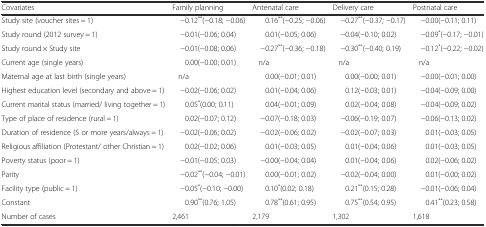
<table><thead><tr><td><b>Covariates</b></td><td><b>Family planning</b></td><td><b>Antenatal care</b></td><td><b>Delivery care</b></td><td><b>Postnatal care</b></td></tr></thead><tbody><tr><td>Study site (voucher sites = 1)</td><td>−0.12<sup>**</sup>(−0.18; −0.06)</td><td>0.16<sup>**</sup>(−0.25; −0.06)</td><td>−0.27<sup>**</sup>(−0.37; −0.17)</td><td>−0.00(−0.11; 0.11)</td></tr><tr><td>Study round (2012 survey = 1)</td><td>−0.01(−0.06; 0.04)</td><td>0.01(−0.05; 0.06)</td><td>−0.04(−0.10; 0.02)</td><td>−0.09<sup>*</sup>(−0.17; −0.01)</td></tr><tr><td>Study round × Study site</td><td>−0.01(−0.08; 0.06)</td><td>−0.27<sup>**</sup>(−0.36; −0.18)</td><td>−0.30<sup>**</sup>(−0.40; 0.19)</td><td>−0.12<sup>*</sup>(−0.22; −0.02)</td></tr><tr><td>Current age (single years)</td><td>0.00(−0.00; 0.01)</td><td>n/a</td><td>n/a</td><td>n/a</td></tr><tr><td>Maternal age at last birth (single years)</td><td>n/a</td><td>0.00(−0.01; 0.01)</td><td>0.00(−0.00; 0.01)</td><td>−0.00(−0.01; 0.00)</td></tr><tr><td>Highest education level (secondary and above = 1)</td><td>−0.02(−0.06; 0.02)</td><td>0.01(−0.04; 0.06)</td><td>0.12(−0.03; 0.01)</td><td>−0.04(−0.09; 0.00)</td></tr><tr><td>Current marital status (married/ living together = 1)</td><td>0.05<sup>*</sup>(0.00; 0.11)</td><td>0.04(−0.01; 0.09)</td><td>0.02(−0.04; 0.08)</td><td>−0.04(−0.09; 0.02)</td></tr><tr><td>Type of place of residence (rural = 1)</td><td>0.02(−0.07; 0.12)</td><td>−0.07(−0.18; 0.03)</td><td>−0.06(−0.19; 0.07)</td><td>−0.06(−0.13; 0.02)</td></tr><tr><td>Duration of residence (5 or more years/always = 1)</td><td>−0.02(−0.06; 0.02)</td><td>−0.02(−0.06; 0.02)</td><td>−0.02(−0.07; 0.03)</td><td>0.01(−0.03; 0.05)</td></tr><tr><td>Religious affiliation (Protestant/ other Christian = 1)</td><td>0.02(−0.02; 0.06)</td><td>0.01(−0.03; 0.05)</td><td>0.01(−0.04; 0.06)</td><td>0.01(−0.03; 0.05)</td></tr><tr><td>Poverty status (poor = 1)</td><td>−0.01(−0.05; 0.03)</td><td>−0.00(−0.04; 0.04)</td><td>0.01(−0.04; 0.06)</td><td>0.02(−0.06; 0.02)</td></tr><tr><td>Parity</td><td>−0.02<sup>**</sup>(−0.04; −0.01)</td><td>0.00(−0.01; 0.02)</td><td>−0.02(−0.04; 0.00)</td><td>0.01(−0.00; 0.02)</td></tr><tr><td>Facility type (public = 1)</td><td>−0.05<sup>*</sup>(−0.10; −0.00)</td><td>0.10<sup>*</sup>(0.02; 0.18)</td><td>0.21<sup>**</sup>(0.15; 0.28)</td><td>−0.01(−0.06; 0.04)</td></tr><tr><td>Constant</td><td>0.90<sup>**</sup>(0.76; 1.05)</td><td>0.78<sup>**</sup>(0.61; 0.95)</td><td>0.75<sup>**</sup>(0.54; 0.95)</td><td>0.41<sup>**</sup>(0.23; 0.58)</td></tr><tr><td>Number of cases</td><td>2,461</td><td>2,179</td><td>1,302</td><td>1,618</td></tr></tbody></table>